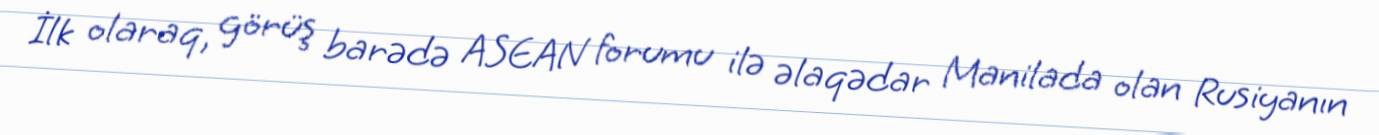
İlk olaraq, görüş barədə ASEAN forumu ilə əlaqədar Manilada olan Rusiyanın